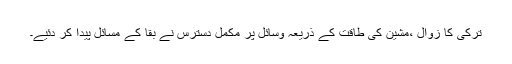
تركی كا زوال ،مشین كی طاقت كے ذریعہ وسائل پر مكمل دسترس نے بقا كے مسائل پیدا كر دئیے۔